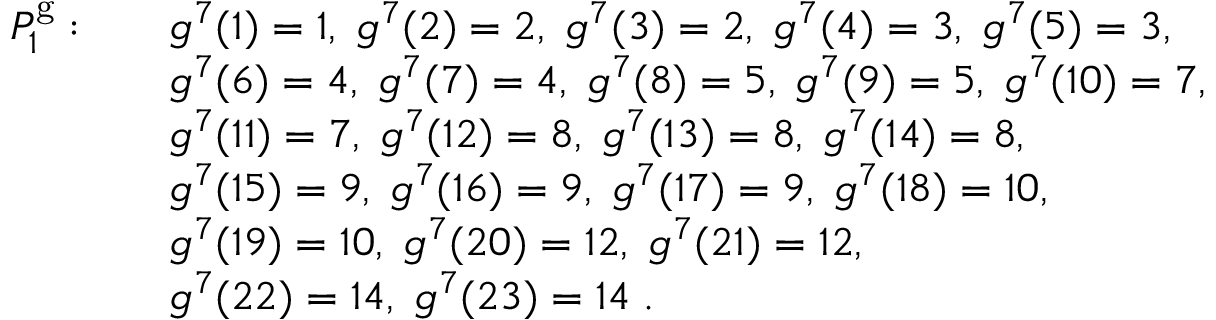
\begin{array} { r l } { P _ { 1 } ^ { \mathrm { g } } : \quad } & { g ^ { 7 } ( 1 ) = 1 , \; g ^ { 7 } ( 2 ) = 2 , \; g ^ { 7 } ( 3 ) = 2 , \; g ^ { 7 } ( 4 ) = 3 , \; g ^ { 7 } ( 5 ) = 3 , } \\ & { g ^ { 7 } ( 6 ) = 4 , \; g ^ { 7 } ( 7 ) = 4 , \; g ^ { 7 } ( 8 ) = 5 , \; g ^ { 7 } ( 9 ) = 5 , \; g ^ { 7 } ( 1 0 ) = 7 , } \\ & { g ^ { 7 } ( 1 1 ) = 7 , \; g ^ { 7 } ( 1 2 ) = 8 , \; g ^ { 7 } ( 1 3 ) = 8 , \; g ^ { 7 } ( 1 4 ) = 8 , \; } \\ & { g ^ { 7 } ( 1 5 ) = 9 , \; g ^ { 7 } ( 1 6 ) = 9 , \; g ^ { 7 } ( 1 7 ) = 9 , \; g ^ { 7 } ( 1 8 ) = 1 0 , } \\ & { g ^ { 7 } ( 1 9 ) = 1 0 , \; g ^ { 7 } ( 2 0 ) = 1 2 , \; g ^ { 7 } ( 2 1 ) = 1 2 , } \\ & { g ^ { 7 } ( 2 2 ) = 1 4 , \; g ^ { 7 } ( 2 3 ) = 1 4 \; . } \end{array}